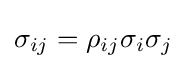
\sigma _{ij}=\rho _{ij}\sigma _{i}\sigma _{j}